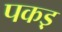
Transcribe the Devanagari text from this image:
पकड़़